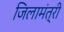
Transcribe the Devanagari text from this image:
जिलामंत्री